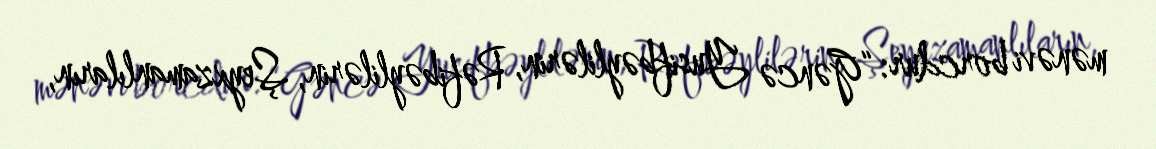
mənəvi borcdur: “Gəncə Yusifbəylilərin, Rəfibəylilərin, Şeyxzamanlıların,